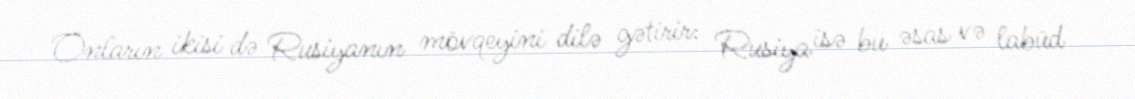
Onların ikisi də Rusiyanın mövqeyini dilə gətirir: Rusiya isə bu əsas və labüd